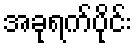
အခုရက်ပိုင်း